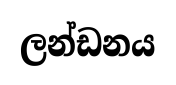
ලන්ඩනය